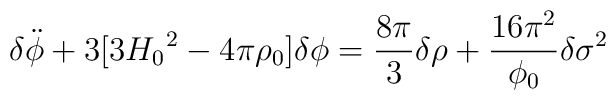
{\delta}\ddot{\phi}+3[3{H_{0}}^{2}-4{\pi}{\rho}_{0}]{\delta}{\phi}=\frac{8{\pi}}{3}{\delta}{\rho}+\frac{16{\pi}^{2}}{{\phi}_{0}}{\delta}{{\sigma}^{2}}